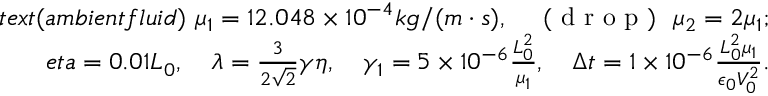
\begin{array} { r l } { t e x t { ( a m b i e n t f l u i d ) } \ \mu _ { 1 } = 1 2 . 0 4 8 \times 1 0 ^ { - 4 } k g / ( m \cdot s ) , \quad \mathrm { ~ ( ~ d ~ r ~ o ~ p ~ ) ~ } \ \mu _ { 2 } = 2 \mu _ { 1 } ; } \\ { e t a = 0 . 0 1 L _ { 0 } , \quad \lambda = \frac { 3 } { 2 \sqrt { 2 } } \gamma \eta , \quad \gamma _ { 1 } = 5 \times 1 0 ^ { - 6 } \frac { L _ { 0 } ^ { 2 } } { \mu _ { 1 } } , \quad \Delta t = 1 \times 1 0 ^ { - 6 } \frac { L _ { 0 } ^ { 2 } \mu _ { 1 } } { \epsilon _ { 0 } V _ { 0 } ^ { 2 } } . } \end{array}